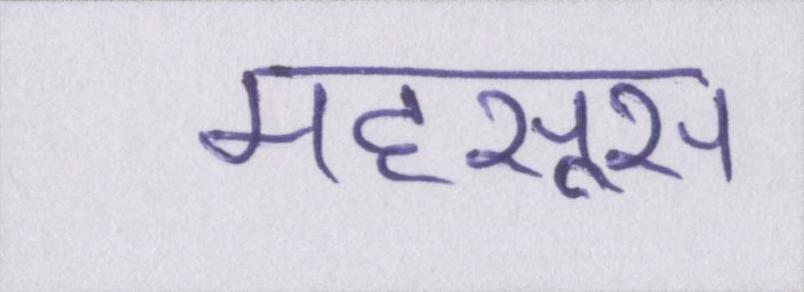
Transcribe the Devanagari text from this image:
महसूस